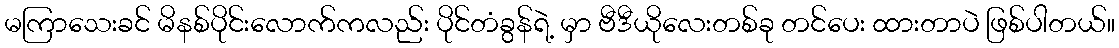
မကြာသေးခင် မိနစ်ပိုင်းလောက်ကလည်း ပိုင်တံခွန်ရဲ့ မှာ ဗီဒီယိုလေးတစ်ခု တင်ပေး ထားတာပဲ ဖြစ်ပါတယ်။